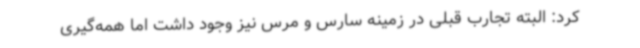
کرد: البته تجارب قبلی در زمینه سارس و مرس نیز وجود داشت اما همه‌گیری